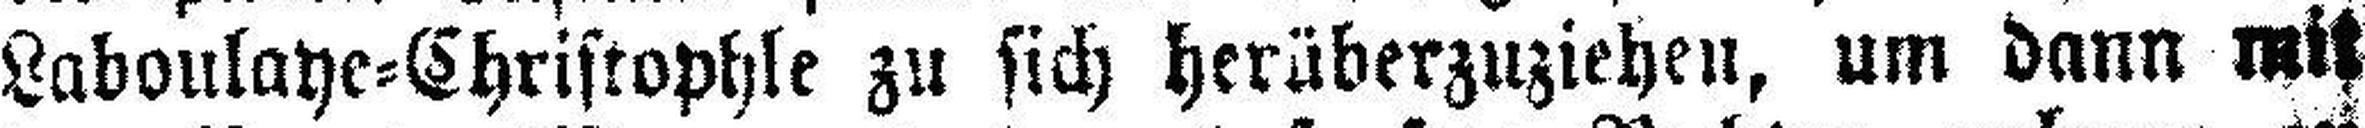
Laboulaye=Christophle zu sich herüberzuziehen, um dann mit